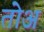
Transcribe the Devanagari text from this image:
तोअ